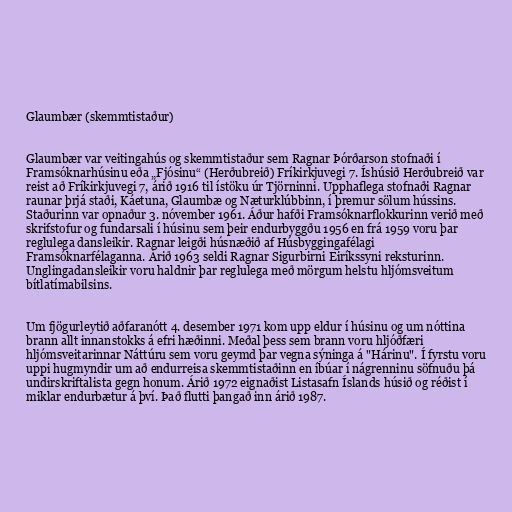
Glaumbær (skemmtistaður)

Glaumbær var veitingahús og skemmtistaður sem Ragnar Þórðarson stofnaði í
Framsóknarhúsinu eða „Fjósinu“ (Herðubreið) Fríkirkjuvegi 7. Íshúsið Herðubreið var
reist að Fríkirkjuvegi 7, árið 1916 til ístöku úr Tjörninni. Upphaflega stofnaði Ragnar
raunar þrjá staði, Káetuna, Glaumbæ og Næturklúbbinn, í þremur sölum hússins.
Staðurinn var opnaður 3. nóvember 1961. Áður hafði Framsóknarflokkurinn verið með
skrifstofur og fundarsali í húsinu sem þeir endurbyggðu 1956 en frá 1959 voru þar
reglulega dansleikir. Ragnar leigði húsnæðið af Húsbyggingafélagi
Framsóknarfélaganna. Árið 1963 seldi Ragnar Sigurbirni Eiríkssyni reksturinn.
Unglingadansleikir voru haldnir þar reglulega með mörgum helstu hljómsveitum
bítlatímabilsins.

Um fjögurleytið aðfaranótt 4. desember 1971 kom upp eldur í húsinu og um nóttina
brann allt innanstokks á efri hæðinni. Meðal þess sem brann voru hljóðfæri
hljómsveitarinnar Náttúru sem voru geymd þar vegna sýninga á "Hárinu". Í fyrstu voru
uppi hugmyndir um að endurreisa skemmtistaðinn en íbúar í nágrenninu söfnuðu þá
undirskriftalista gegn honum. Árið 1972 eignaðist Listasafn Íslands húsið og réðist í
miklar endurbætur á því. Það flutti þangað inn árið 1987.